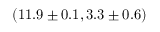
( 1 1 . 9 \pm 0 . 1 , 3 . 3 \pm 0 . 6 )